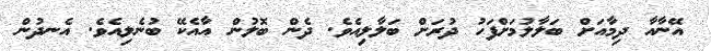
އޭނާއާ ދިމާއަށް ބަލާލުމަށްފަހު ދުރަށް ބަލާލިއެވެ. ދެން ބޮލުން އާއެކޭ ބުނެލިއެވެ. އެނދުން